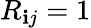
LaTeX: R_{\mathbf{i}j}=1